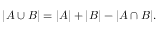
| A \cup B | = | A | + | B | - | A \cap B | .